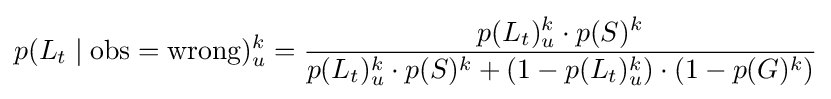
p(L_{t}\mid {\text{obs}}={\text{wrong}})_{u}^{k}={\frac {p(L_{t})_{u}^{k}\cdot p(S)^{k}}{p(L_{t})_{u}^{k}\cdot p(S)^{k}+(1-p(L_{t})_{u}^{k})\cdot (1-p(G)^{k})}}